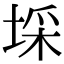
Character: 埰